Indian journal of veterinary science and animal husbandry - Volume 5,
Year: 1935
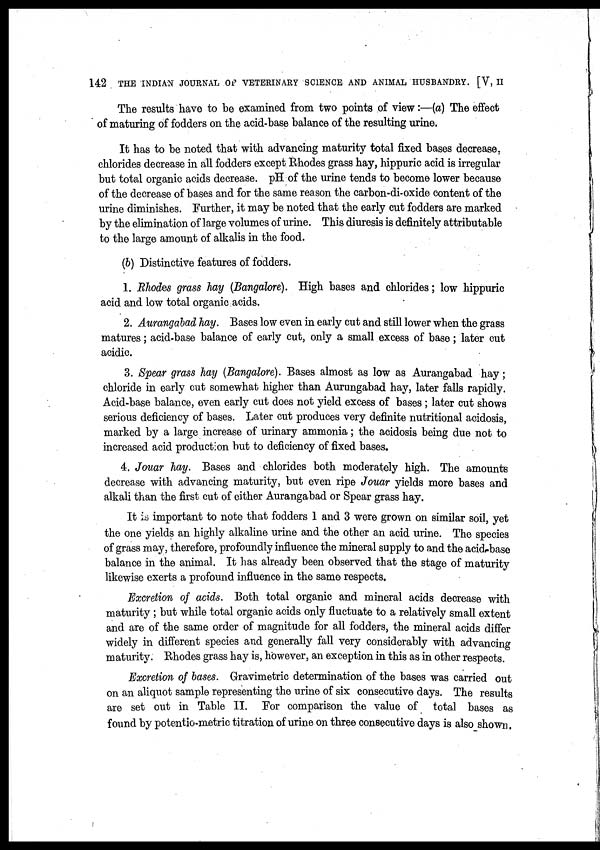
142 THE INDIAN JOURNAL OF VETERINARY SCIENCE AND ANIMAL HUSBANDRY. [V, II
The results have to be examined from two points of view:—(a) The effect
of maturing of fodders on the acid-base balance of the resulting urine.
It has to be noted that with advancing maturity total fixed bases decrease,
chlorides decrease in all fodders except Rhodes grass hay, hippuric acid is irregular
but total organic acids decrease. pH of the urine tends to become lower because
of the decrease of bases and for the same reason the carbon-di-oxide content of the
urine diminishes. Further, it may be noted that the early cut fodders are marked
by the elimination of large volumes of urine. This diuresis is definitely attributable
to the large amount of alkalis in the food.
(b) Distinctive features of fodders.
1. Rhodes grass hay (Bangalore). High bases and chlorides; low hippuric
acid and low total organic acids.
2. Aurangabad hay. Bases low even in early cut and still lower when the grass
matures; acid-base balance of early cut, only a small excess of base; later cut
acidic.
3. Spear grass hay (Bangalore). Bases almost as low as Aurangabad hay;
chloride in early cut somewhat higher than Aurangabad hay, later falls rapidly.
Acid-base balance, even early cut does not yield excess of bases ; later cut shows
serious deficiency of bases. Later cut produces very definite nutritional acidosis,
marked by a large increase of urinary ammonia; the acidosis being due not to
increased acid product on but to deficiency of fixed bases.
4. Jouar hay. Bases and chlorides both moderately high. The amounts
decrease with advancing maturity, but even ripe Jouar yields more bases and
alkali than the first cut of either Aurangabad or Spear grass hay.
It is important to note that fodders 1 and 3 were grown on similar soil, yet
the one yields an highly alkaline urine and the other an acid urine. The species
of grass may, therefore, profoundly influence the mineral supply to and the acid-base
balance in the animal. It has already been observed that the stage of maturity
likewise exerts a profound influence in the same respects.
Excretion of acids. Both total organic and mineral acids decrease with
maturity ; but while total organic acids only fluctuate to a relatively small extent
and are of the same order of magnitude for all fodders, the mineral acids differ
widely in different species and generally fall very considerably with advancing
maturity. Rhodes grass hay is, however, an exception in this as in other respects.
Excretion of bases. Gravimetric determination of the bases was carried out
on an aliquot sample representing the urine of six consecutive days. The results
are set out in Table II. For comparison the value of total bases as
found by potentio-metric titration of urine on three consecutive days is also shown.